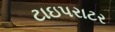
ટાઇપરાટર